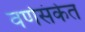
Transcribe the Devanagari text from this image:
वर्णसंकेत